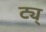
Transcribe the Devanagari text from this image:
ट्य्